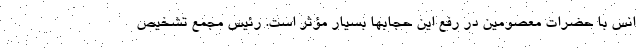
انس با حضرات معصومین در رفع این حجابها بسیار مؤثر است. رئیس مجمع تشخیص